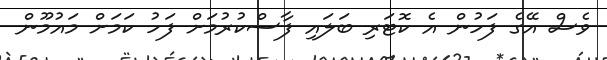
ވެސް އޭގެ ފަހުން އެ ކޮޓަރި ބަލައި ފާސްކުރުމަށް ފަހު ކަމަށް މައުމޫން